Civil Veterinary Department Bihar & Orissa reports 1922-29 - 1922-1929
Year: 1922
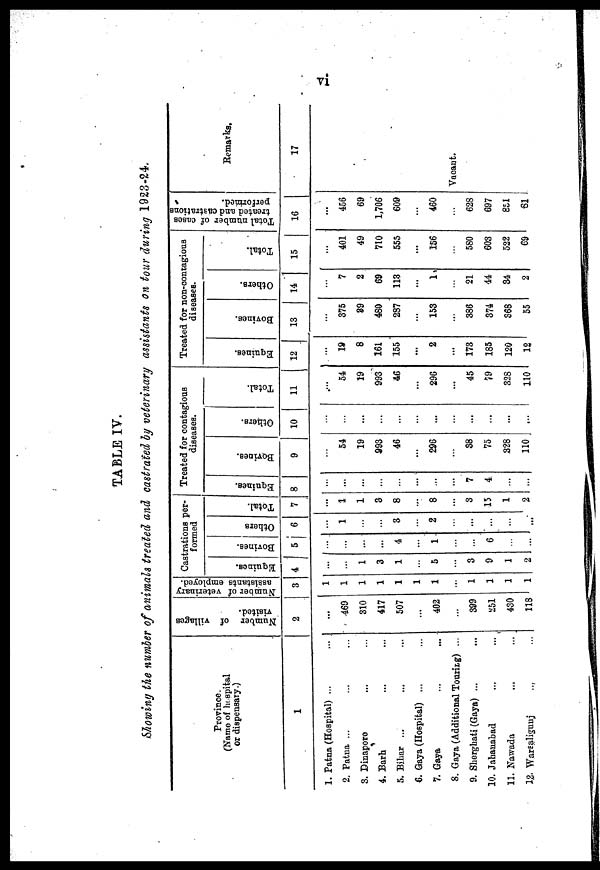
TABLE IV.
Mowing the number of animals treated and castrated by veterinary assistants on tour during 1923-24.
Province.
(Name of hospital
or dispensary.)
1
1. Patna (Hospital) ...
2. Patna ...
3. Dinaporo
4. Barh
5. Bihar ...
6. Gaya (Hospital) ...
7. Gaya
8. Gaya (Additional Touring) ...
9. Sherghati (Gaya) ...
10. Jahanabad
11. Nawada
12. Warsaligunj
Number of villages
visited.
2
...
469
310
417
507
...
402
399
251
430
118
Number of veterinary
assistants employed.
3
Castrations per-
formed
Equines.
4
1
3
1
5
3
9
1
2
Bovines.
Others
5
6
...
4
1
6
1
3
. 2
...
...
Total.
7
...
1
1
8
8
...
8
3
15
1
2
Treated for contagious
diseases.
Equines.
8
...
7
4
Bovines.
9
54
19
993
46
296
38
75
328
110
Others.
10
Total.
11
54
19
993
46
296
...
45
79
328
no
Treated for non-contagious
diseases.
Equines.
12
19
8
161
155
...
2
...
173
185
120
12
Bovines.
13
375
89
480
287
153
386
374
368
55
Others.
14
7
2
69
113
...
1
21
44
34
2
Total.
15
401
49
710
555
...
156
580
603
522
69
Total number of cases
treated and castrations
performed.
16
...
456
69
1,706
609
460
628
697
851
61
Remarks,
17
Vacant.